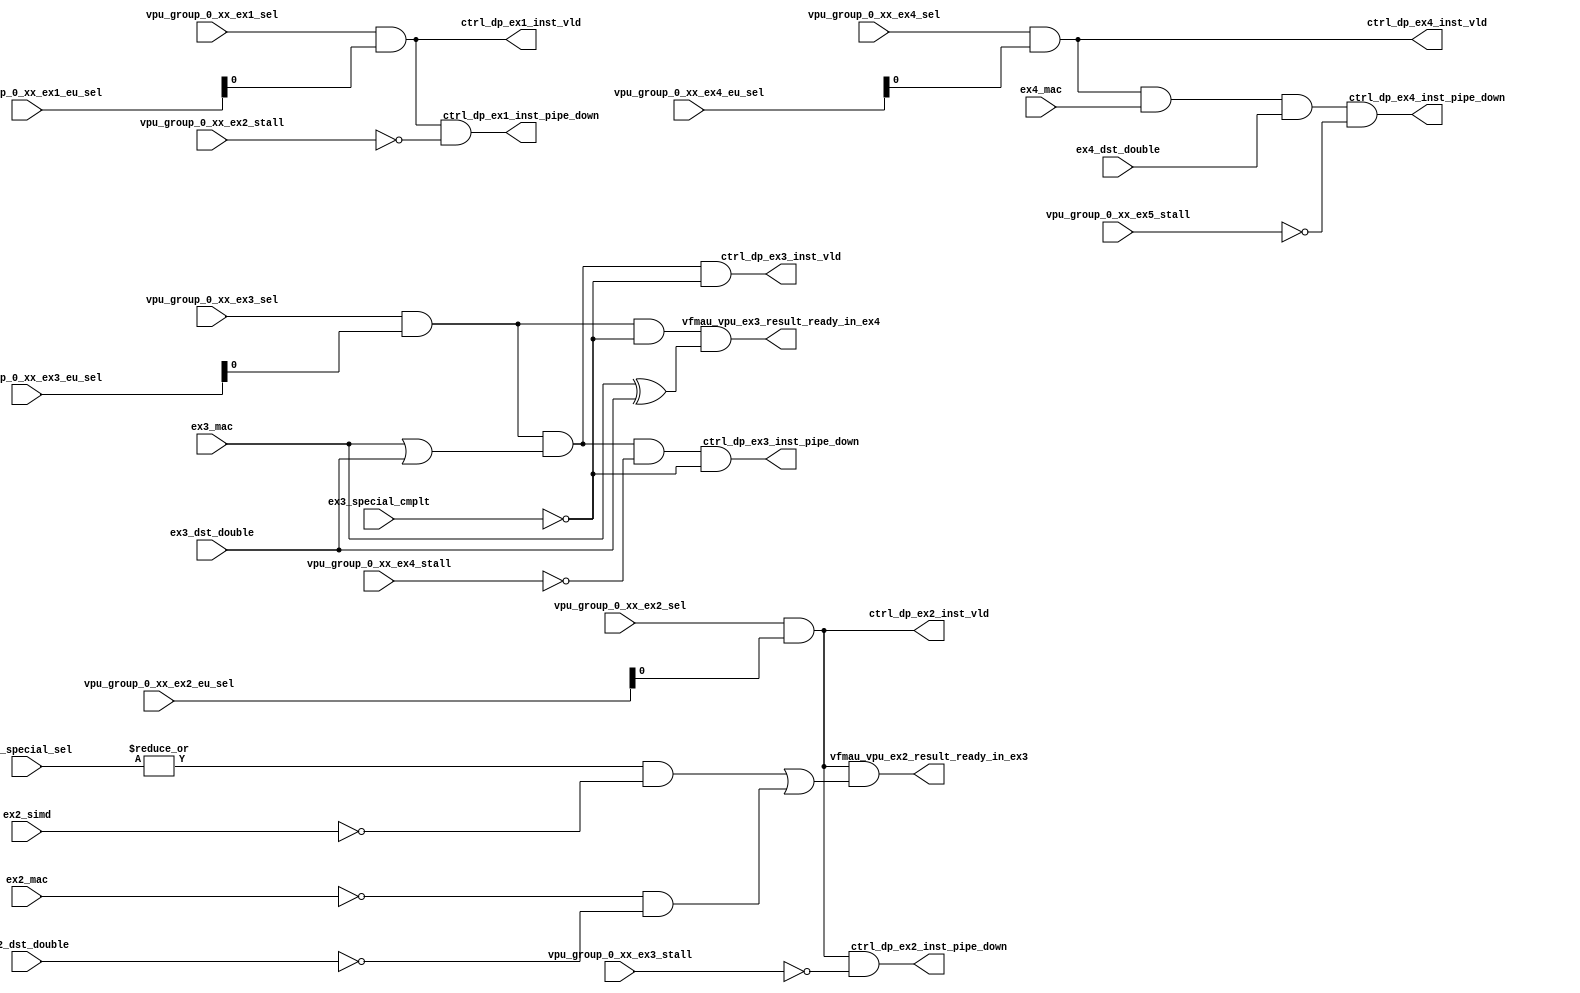
/*Copyright 2020-2021 T-Head Semiconductor Co., Ltd.

Licensed under the Apache License, Version 2.0 (the "License");
you may not use this file except in compliance with the License.
You may obtain a copy of the License at

    http://www.apache.org/licenses/LICENSE-2.0

Unless required by applicable law or agreed to in writing, software
distributed under the License is distributed on an "AS IS" BASIS,
WITHOUT WARRANTIES OR CONDITIONS OF ANY KIND, either express or implied.
See the License for the specific language governing permissions and
limitations under the License.
*/

// &ModuleBeg; @24
module aq_vfmau_ctrl(
  ctrl_dp_ex1_inst_pipe_down,
  ctrl_dp_ex1_inst_vld,
  ctrl_dp_ex2_inst_pipe_down,
  ctrl_dp_ex2_inst_vld,
  ctrl_dp_ex3_inst_pipe_down,
  ctrl_dp_ex3_inst_vld,
  ctrl_dp_ex4_inst_pipe_down,
  ctrl_dp_ex4_inst_vld,
  ex2_dst_double,
  ex2_mac,
  ex2_simd,
  ex2_special_sel,
  ex3_dst_double,
  ex3_mac,
  ex3_special_cmplt,
  ex4_dst_double,
  ex4_mac,
  vfmau_vpu_ex2_result_ready_in_ex3,
  vfmau_vpu_ex3_result_ready_in_ex4,
  vpu_group_0_xx_ex1_eu_sel,
  vpu_group_0_xx_ex1_sel,
  vpu_group_0_xx_ex2_eu_sel,
  vpu_group_0_xx_ex2_sel,
  vpu_group_0_xx_ex2_stall,
  vpu_group_0_xx_ex3_eu_sel,
  vpu_group_0_xx_ex3_sel,
  vpu_group_0_xx_ex3_stall,
  vpu_group_0_xx_ex4_eu_sel,
  vpu_group_0_xx_ex4_sel,
  vpu_group_0_xx_ex4_stall,
  vpu_group_0_xx_ex5_stall
);

// &Ports; @25
input          ex2_dst_double;                   
input          ex2_mac;                          
input          ex2_simd;                         
input   [5:0]  ex2_special_sel;                  
input          ex3_dst_double;                   
input          ex3_mac;                          
input          ex3_special_cmplt;                
input          ex4_dst_double;                   
input          ex4_mac;                          
input   [9:0]  vpu_group_0_xx_ex1_eu_sel;        
input          vpu_group_0_xx_ex1_sel;           
input   [9:0]  vpu_group_0_xx_ex2_eu_sel;        
input          vpu_group_0_xx_ex2_sel;           
input          vpu_group_0_xx_ex2_stall;         
input   [9:0]  vpu_group_0_xx_ex3_eu_sel;        
input          vpu_group_0_xx_ex3_sel;           
input          vpu_group_0_xx_ex3_stall;         
input   [9:0]  vpu_group_0_xx_ex4_eu_sel;        
input          vpu_group_0_xx_ex4_sel;           
input          vpu_group_0_xx_ex4_stall;         
input          vpu_group_0_xx_ex5_stall;         
output         ctrl_dp_ex1_inst_pipe_down;       
output         ctrl_dp_ex1_inst_vld;             
output         ctrl_dp_ex2_inst_pipe_down;       
output         ctrl_dp_ex2_inst_vld;             
output         ctrl_dp_ex3_inst_pipe_down;       
output         ctrl_dp_ex3_inst_vld;             
output         ctrl_dp_ex4_inst_pipe_down;       
output         ctrl_dp_ex4_inst_vld;             
output         vfmau_vpu_ex2_result_ready_in_ex3; 
output         vfmau_vpu_ex3_result_ready_in_ex4; 

// &Regs; @26

// &Wires; @27
wire           ctrl_dp_ex1_inst_pipe_down;       
wire           ctrl_dp_ex1_inst_vld;             
wire           ctrl_dp_ex2_inst_pipe_down;       
wire           ctrl_dp_ex2_inst_vld;             
wire           ctrl_dp_ex3_inst_pipe_down;       
wire           ctrl_dp_ex3_inst_vld;             
wire           ctrl_dp_ex4_inst_pipe_down;       
wire           ctrl_dp_ex4_inst_vld;             
wire           ex1_inst_vld;                     
wire           ex2_dst_double;                   
wire           ex2_inst_vld;                     
wire           ex2_mac;                          
wire           ex2_simd;                         
wire    [5:0]  ex2_special_sel;                  
wire           ex3_dst_double;                   
wire           ex3_inst_vld;                     
wire           ex3_mac;                          
wire           ex3_special_cmplt;                
wire           ex4_dst_double;                   
wire           ex4_inst_vld;                     
wire           ex4_mac;                          
wire           vfmau_vpu_ex2_result_ready_in_ex3; 
wire           vfmau_vpu_ex3_result_ready_in_ex4; 
wire    [9:0]  vpu_group_0_xx_ex1_eu_sel;        
wire           vpu_group_0_xx_ex1_sel;           
wire    [9:0]  vpu_group_0_xx_ex2_eu_sel;        
wire           vpu_group_0_xx_ex2_sel;           
wire           vpu_group_0_xx_ex2_stall;         
wire    [9:0]  vpu_group_0_xx_ex3_eu_sel;        
wire           vpu_group_0_xx_ex3_sel;           
wire           vpu_group_0_xx_ex3_stall;         
wire    [9:0]  vpu_group_0_xx_ex4_eu_sel;        
wire           vpu_group_0_xx_ex4_sel;           
wire           vpu_group_0_xx_ex4_stall;         
wire           vpu_group_0_xx_ex5_stall;         


// &Depend("cpu_cfig.h"); @29

parameter DOUBLE_WIDTH = 64;
parameter DOUBLE_FRAC  = 52;
parameter DOUBLE_EXPN  = 11;

parameter SINGLE_WIDTH = 32;
parameter SINGLE_FRAC  = 23;
parameter SINGLE_EXPN  =  8;

parameter HALF_WIDTH   = 16;
parameter HALF_FRAC    = 10;
parameter HALF_EXPN    =  5;

parameter BHALF_WIDTH  = 16;
parameter BHALF_FRAC   =  7;
parameter BHALF_EXPN   =  8;

parameter FUNC_WIDTH   = 20;
//==========================================================
//                     EX1 Interface
//==========================================================
// &Force("bus","vpu_group_0_xx_ex1_eu_sel",9,0); @51
assign ex1_inst_vld               = vpu_group_0_xx_ex1_sel && vpu_group_0_xx_ex1_eu_sel[0];
assign ctrl_dp_ex1_inst_vld       = ex1_inst_vld;
assign ctrl_dp_ex1_inst_pipe_down = ex1_inst_vld && !vpu_group_0_xx_ex2_stall;
//==========================================================
//                     EX2 inst vld ctrl
//==========================================================
// &Force("bus","vpu_group_0_xx_ex2_eu_sel",9,0); @61
assign ex2_inst_vld               = vpu_group_0_xx_ex2_sel && vpu_group_0_xx_ex2_eu_sel[0]; 
assign ctrl_dp_ex2_inst_vld       = ex2_inst_vld;
assign ctrl_dp_ex2_inst_pipe_down = ex2_inst_vld && !vpu_group_0_xx_ex3_stall;

assign vfmau_vpu_ex2_result_ready_in_ex3 = ex2_inst_vld && ((|ex2_special_sel[5:0])&& !ex2_simd || !ex2_mac &&!ex2_dst_double);

//==========================================================
//                     EX3 inst vld ctrl
//==========================================================
// &Force("bus","vpu_group_0_xx_ex3_eu_sel",9,0); @74
assign ex3_inst_vld               = vpu_group_0_xx_ex3_sel && vpu_group_0_xx_ex3_eu_sel[0]; 
assign ctrl_dp_ex3_inst_vld       = ex3_inst_vld && (ex3_mac || ex3_dst_double) && !ex3_special_cmplt;
assign ctrl_dp_ex3_inst_pipe_down = ex3_inst_vld && (ex3_mac || ex3_dst_double) && !vpu_group_0_xx_ex4_stall && !ex3_special_cmplt;


assign vfmau_vpu_ex3_result_ready_in_ex4 = ex3_inst_vld 
                                        && !ex3_special_cmplt 
                                        && (ex3_mac^ex3_dst_double);                                 
//==========================================================
//                     EX4 inst vld ctrl
//==========================================================
// &Force("bus","vpu_group_0_xx_ex4_eu_sel",9,0); @89
assign ex4_inst_vld               = vpu_group_0_xx_ex4_sel && vpu_group_0_xx_ex4_eu_sel[0]; 
assign ctrl_dp_ex4_inst_vld       = ex4_inst_vld;
assign ctrl_dp_ex4_inst_pipe_down = ex4_inst_vld && ex4_mac && ex4_dst_double && !vpu_group_0_xx_ex5_stall;


//  &Instance("gated_clk_cell", "x_fmau_ex5_gated_clk"); @98
//  &Connect(.clk_in      (forever_cpuclk      ), @99
//           .external_en (1'b0                ), @100
//           .global_en   (cp0_yy_clk_en       ), @101
//           .module_en   (cp0_vpu_icg_en      ), @102
//           .local_en    (fmau_ex5_clk_en), @103
//           .clk_out     (fmau_ex5_clk   )); @104

// &ModuleEnd; @115
endmodule